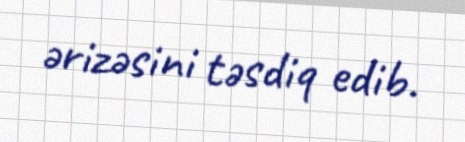
ərizəsini təsdiq edib.